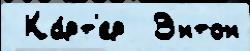
 Ка́рт'ер  Энтон